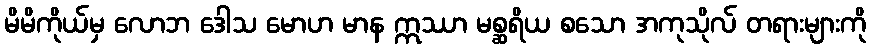
မိမိကိုယ်မှ လောဘ ဒေါသ မောဟ မာန ဣဿာ မစ္ဆရိယ စသော အကုသိုလ် တရားများကို